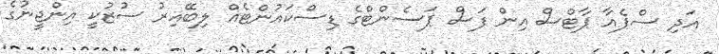
އަދި ސްޕެއާ ޕާޓްސް އިން ފަސް ޕަސެންޓްގެ ޑިސްކައުންޓެއް ލިބޭއިރު ސުޒުކީ އިންޖީނުގެ